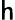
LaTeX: \mathsf{h}